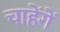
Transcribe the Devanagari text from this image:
चाहेंगें